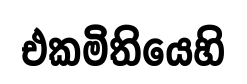
එකමිතියෙහි